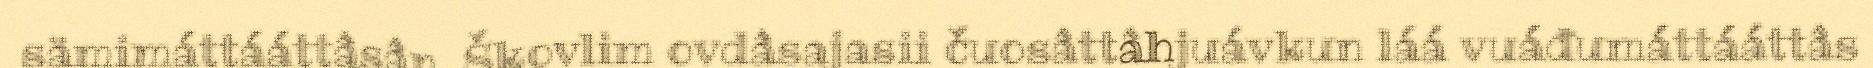
sämimáttááttâsân. Škovlim ovdâsajasii čuosâttâhjuávkun láá vuáđumáttááttâs